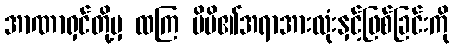
အာဏာရှင်တို့မှ ထကြ မိမိ၏အရာအားလုံးနှင့်ဖြစ်ခြင်းကို